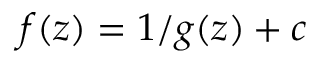
f ( z ) = 1 / g ( z ) + c